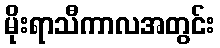
မိုးရာသီကာလအတွင်း